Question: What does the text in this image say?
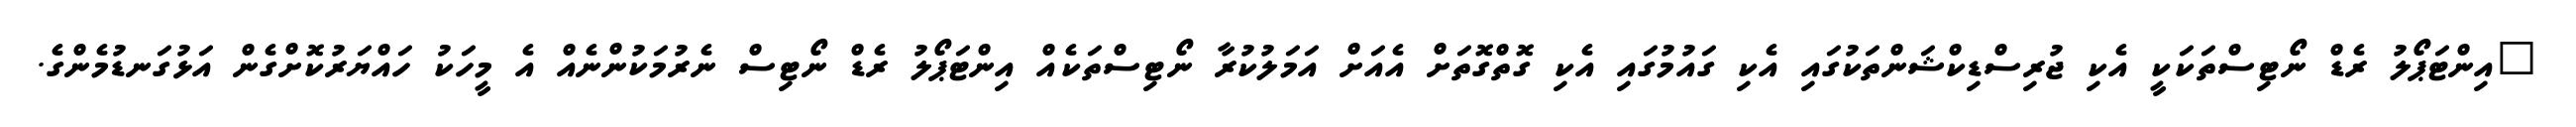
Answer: "އިންޓަޕޯލު ރެޑް ނޯޓިސްތަކަކީ އެކި ޖުރިސްޑިކްޝަންތަކުގައި އެކި ގައުމުގައި އެކި ގޮތްގޮތަށް އެއަށް އަމަލުކުރާ ނޯޓިސްތަކެއް އިންޓަޕޯލު ރެޑް ނޯޓިސް ނެރުމަކުންނެއް އެ މީހަކު ހައްޔަރުކޮށްގެން އަޅުގަނޑުމެންގެ.